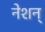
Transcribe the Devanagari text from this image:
नेशन्